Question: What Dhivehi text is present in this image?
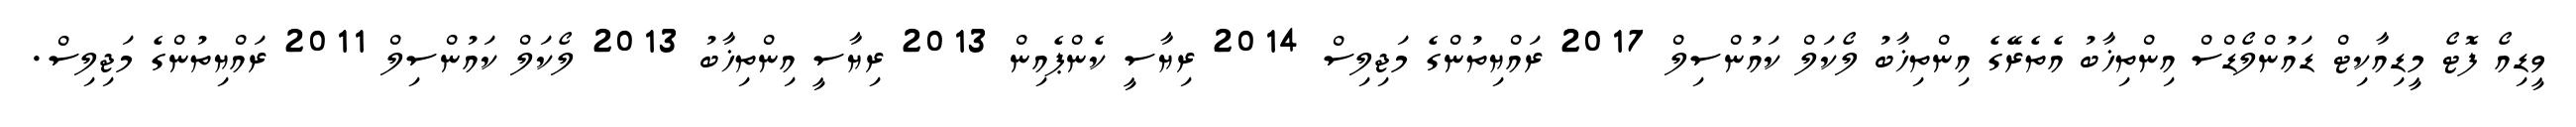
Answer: ވީޑިއޯ ފޮޓޯ މީޑިއާކިޓް ޑައުންލޯޑްސް އިންތިޚާބު އެތެރޭގެ އިންތިޚާބު ލޯކަލް ކައުންސިލް 2017 ރައްޔިތުންގެ މަޖިލިސް 2014 ރިޔާސީ ކެންޕެއިން 2013 ރިޔާސީ އިންތިޚާބު 2013 ލޯކަލް ކައުންސިލް 2011 ރައްޔިތުންގެ މަޖިލިސް.